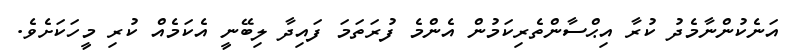
އަނެކުންނާމެދު ކުރާ އިޙްސާންތެރިކަމުން އެންމެ ފުރަތަމަ ފައިދާ ލިބޭނީ އެކަމެއް ކުރި މީހަކަށެވެ.